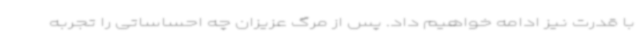
با قدرت نیز ادامه خواهیم داد. پس از مرگ عزیزان چه احساساتی را تجربه